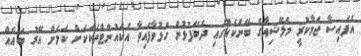
އެފައިސާ ޖަމާކުރީ މެލޭޝިއާގެ ބޭންކެއްގައި ދެބޭފުޅުން ހުޅުވާފައިވާ އެކައުންޓްތަކަކަށް ކަމަށް އޭރު ބައެއް